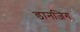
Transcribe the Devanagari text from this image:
डानज़िंग